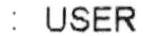
: USER